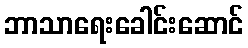
ဘာသာရေးခေါင်းဆောင်